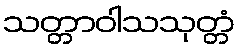
သတ္တာဝါသသုတ္တံ